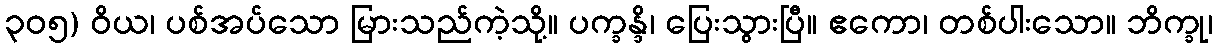
၃၀၅) ဝိယ၊ ပစ်အပ်သော မြားသည်ကဲ့သို့။ ပက္ခန္ဒိ၊ ပြေးသွားပြီ။ ဧကော၊ တစ်ပါးသော။ ဘိက္ခု၊